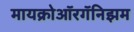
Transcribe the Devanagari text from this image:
मायक्रोऑरगॅनिझम